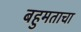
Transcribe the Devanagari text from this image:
बहुमताचा